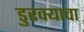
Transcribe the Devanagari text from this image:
डुरक्याचा